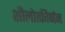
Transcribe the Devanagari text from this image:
शीलोत्कीर्णन